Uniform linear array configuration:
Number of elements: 64
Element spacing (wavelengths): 0.5
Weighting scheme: blackman
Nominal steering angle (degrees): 0
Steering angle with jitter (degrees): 1.4
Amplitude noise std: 0.05
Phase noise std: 0.05

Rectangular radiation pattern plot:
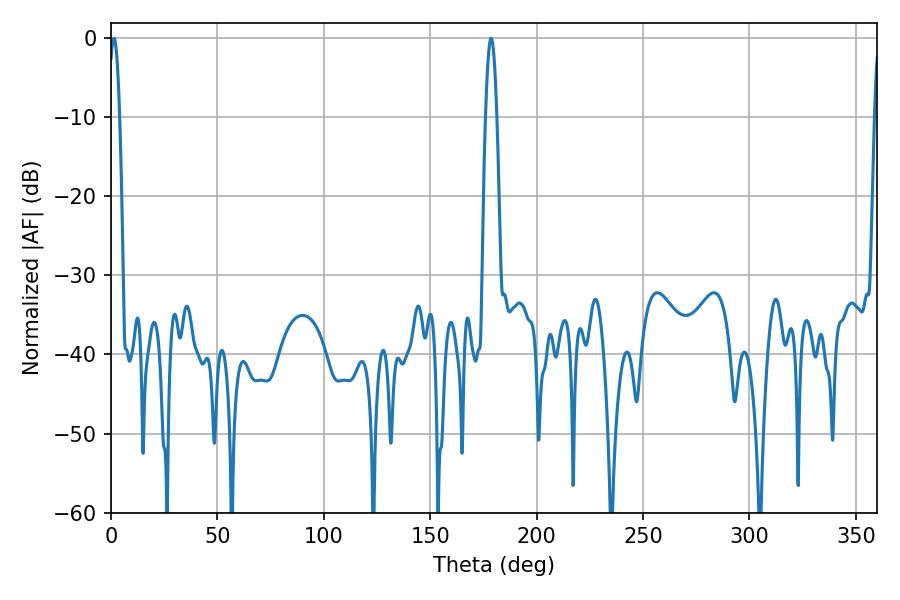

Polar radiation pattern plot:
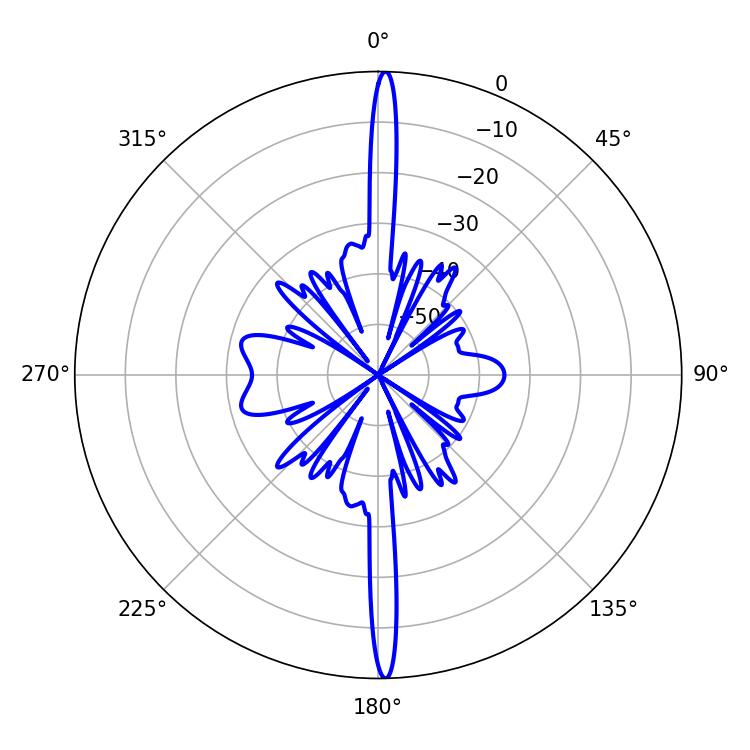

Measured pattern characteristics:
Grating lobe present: FALSE
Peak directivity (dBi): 29.164
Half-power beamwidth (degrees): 2.88
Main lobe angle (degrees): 178.56